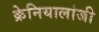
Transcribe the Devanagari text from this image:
क्रेनियालांजी